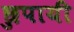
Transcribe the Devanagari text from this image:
छुपायी